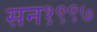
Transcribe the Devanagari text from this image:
सन१९९७